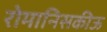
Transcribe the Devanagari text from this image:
रोमानिसकीऊ